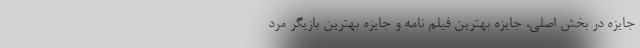
جایزه در بخش اصلی، جایزه بهترین فیلم نامه و جایزه بهترین بازیگر مرد